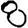
Digit: 8